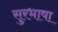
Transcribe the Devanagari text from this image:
सुरभाषा